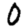
Digit: 0